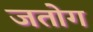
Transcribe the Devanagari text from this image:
जतोग